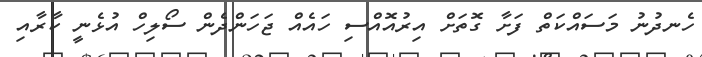
ހެނދުނު މަސައްކަތް ފަށާ ގޮތަށް އިރުއޮއްސި ހައެއް ޖަހަންދެން ސޯލިހް އުޅެނީ ކާރާއި